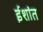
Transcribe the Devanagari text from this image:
ईशांत